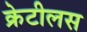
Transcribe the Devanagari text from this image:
क्रेटीलस